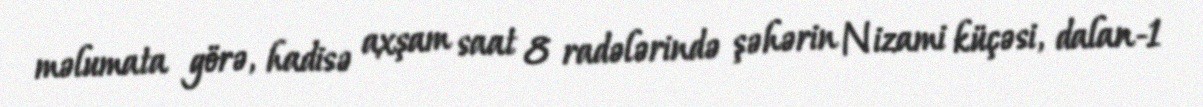
məlumata görə, hadisə axşam saat 8 radələrində şəhərin Nizami küçəsi, dalan-1